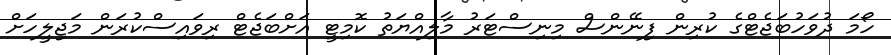
ހޯމަ ދުވަހުބަޖެޓްގެ ކުރިން ފިނޭންސް މިނިސްޓަރު މާލިއްޔަތު ކޮމިޓީ އަށްބަޖެޓް ރިވައިސްކުރަން މަޖިލީހަށް